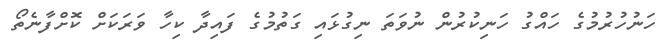
ހަނުހުރުމުގެ ހައްގު ހަނިކުރުން ނުވަތަ ނިގުޅައި ގަތުމުގެ ފައިދާ ކިހާ ވަރަކަށް ކޮށްފާނެތޯ